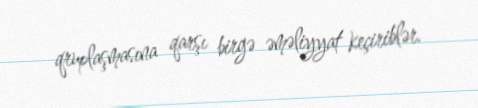
qruplaşmasına qarşı birgə əməliyyat keçiriblər.